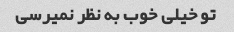
تو خیلی خوب به نظر نمیرسی